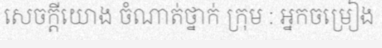
សេចក្តីយោង ចំណាត់ថ្នាក់ ក្រុម : អ្នកចម្រៀង